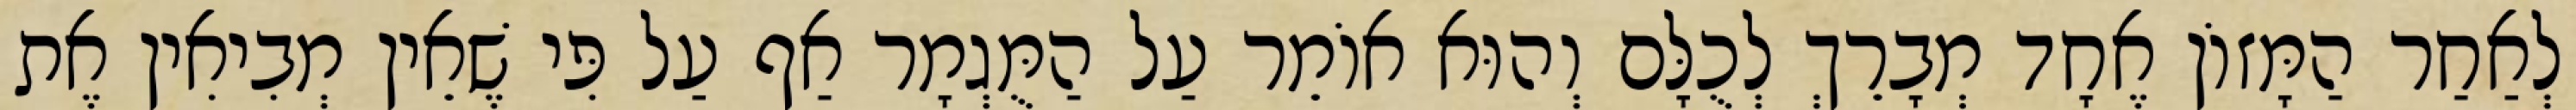
לְאַחַר הַמָּזוֹן אֶחָד מְבָרֵךְ לְכֻלָּם וְהוּא אוֹמֵר עַל הַמֻּגְמָר אַף עַל פִּי שֶׁאֵין מְבִיאִין אֶת